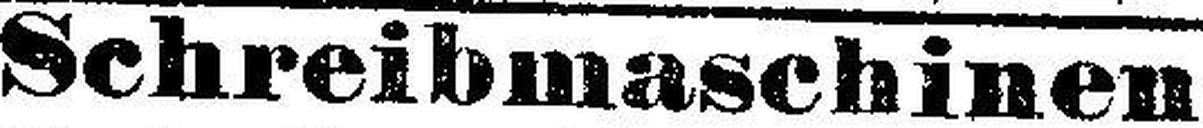
Schreibmaschinen